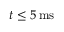
t \leq 5 \ensuremath { \, \mathrm { m s } }